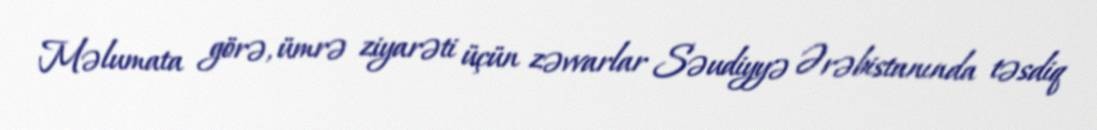
Məlumata görə, ümrə ziyarəti üçün zəvvarlar Səudiyyə Ərəbistanında təsdiq